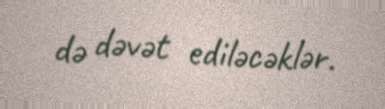
də dəvət ediləcəklər.